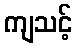
ကျသင့်